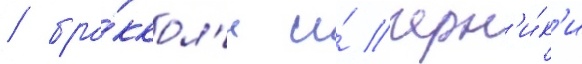
/ бро́ккол'и и́ черн'и́к'и